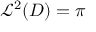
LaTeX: { \mathcal { L } } ^ { 2 } ( D ) = \pi